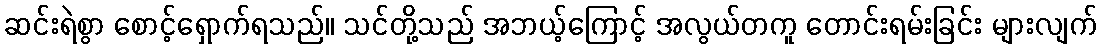
ဆင်းရဲစွာ စောင့်ရှောက်ရသည်။ သင်တို့သည် အဘယ့်ကြောင့် အလွယ်တကူ တောင်းရမ်းခြင်း များလျက်